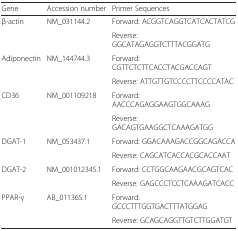
<table><thead><tr><td><b>Gene</b></td><td><b>Accession number</b></td><td><b>Primer Sequences</b></td></tr></thead><tbody><tr><td>β-actin</td><td>NM_031144.2</td><td>Forward: ACGGTCAGGTCATCACTATCG</td></tr><tr><td></td><td></td><td>Reverse: GGCATAGAGGTCTTTACGGATG</td></tr><tr><td>Adiponectin</td><td>NM_144744.3</td><td>Forward: CGTTCTCTTCACCTACGACCAGT</td></tr><tr><td></td><td></td><td>Reverse: ATTGTTGTCCCCTTCCCCATAC</td></tr><tr><td>CD36</td><td>NM_001109218</td><td>Forward: AACCCAGAGGAAGTGGCAAAG</td></tr><tr><td></td><td></td><td>Reverse: GACAGTGAAGGCTCAAAGATGG</td></tr><tr><td>DGAT-1</td><td>NM_053437.1</td><td>Forward: GGACAAAGACCGGCAGACCA</td></tr><tr><td></td><td></td><td>Reverse: CAGCATCACCACGCACCAAT</td></tr><tr><td>DGAT-2</td><td>NM_001012345.1</td><td>Forward: CCTGGCAAGAACGCAGTCAC</td></tr><tr><td></td><td></td><td>Reverse: GAGCCCTCCTCAAAGATCACC</td></tr><tr><td>PPAR-γ</td><td>AB_011365.1</td><td>Forward: GCCCTTTGGTGACTTTATGGAG</td></tr><tr><td></td><td></td><td>Reverse: GCAGCAGGTTGTCTTGGATGT</td></tr></tbody></table>